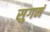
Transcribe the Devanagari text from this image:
सुगमं